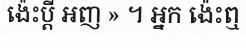
ង៉េះប្តី អញ » ។ អ្នក ង៉េះឮ